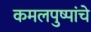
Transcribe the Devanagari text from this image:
कमलपुष्पांचे